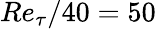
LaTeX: Re_{\tau}/40=50